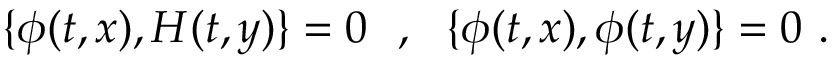
\{ \phi ( t , x ) , { \cal H } ( t , y ) \} = 0 \ \ , \ \ \{ \phi ( t , x ) , \phi ( t , y ) \} = 0 \ .